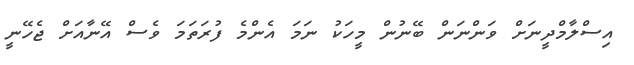
އިސްލާމްދީނަށް ވަންނަން ބޭނުން މީހަކު ނަމަ އެންމެ ފުރަތަމަ ވެސް އޭނާއަށް ޖެހޭނީ